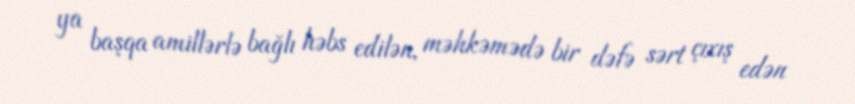
ya başqa amillərlə bağlı həbs edilən, məhkəmədə bir dəfə sərt çıxış edən